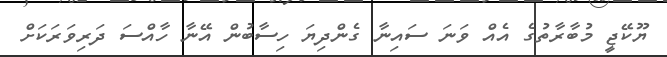
ޔޫކޭޖީ މުބާރާތުގެ އެއް ވަނަ ސައިނާ ގެންދިޔަ ހިސާބުން އޭނާ ހާއްސަ ދަރިވަރަކަށް